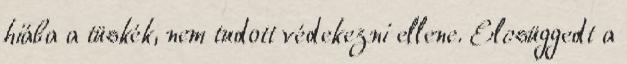
hiába a tüskék, nem tudott védekezni ellene. Elcsüggedt a